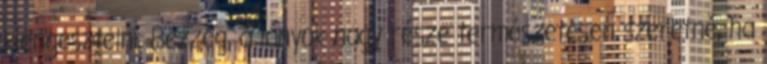
kiengesztelni. Bezzeg, a lányok nagy része természetesen szeretné, ha